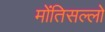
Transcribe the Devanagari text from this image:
मोंतिसल्लो